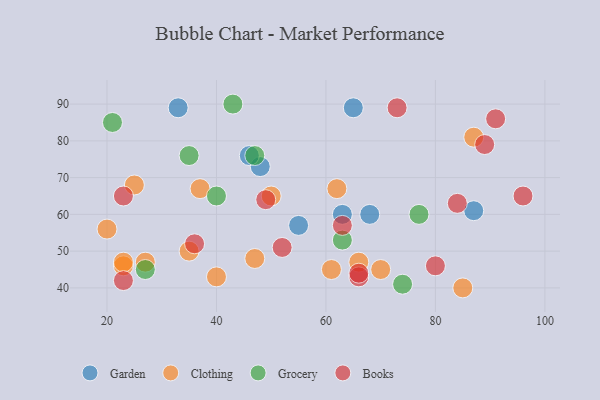
{"axis": {"x": "GDP", "y": "Life Expectancy"}, "legend": ["Books", "Clothing", "Garden", "Grocery"], "data": [{"x": "33", "y": 89, "type": "Garden"}, {"x": "68", "y": 60, "type": "Garden"}, {"x": "55", "y": 57, "type": "Garden"}, {"x": "48", "y": 73, "type": "Garden"}, {"x": "87", "y": 61, "type": "Garden"}, {"x": "46", "y": 76, "type": "Garden"}, {"x": "65", "y": 89, "type": "Garden"}, {"x": "63", "y": 60, "type": "Garden"}, {"x": "61", "y": 45, "type": "Clothing"}, {"x": "23", "y": 46, "type": "Clothing"}, {"x": "47", "y": 48, "type": "Clothing"}, {"x": "40", "y": 43, "type": "Clothing"}, {"x": "25", "y": 68, "type": "Clothing"}, {"x": "23", "y": 47, "type": "Clothing"}, {"x": "20", "y": 56, "type": "Clothing"}, {"x": "35", "y": 50, "type": "Clothing"}, {"x": "62", "y": 67, "type": "Clothing"}, {"x": "70", "y": 45, "type": "Clothing"}, {"x": "66", "y": 47, "type": "Clothing"}, {"x": "37", "y": 67, "type": "Clothing"}, {"x": "87", "y": 81, "type": "Clothing"}, {"x": "50", "y": 65, "type": "Clothing"}, {"x": "27", "y": 47, "type": "Clothing"}, {"x": "85", "y": 40, "type": "Clothing"}, {"x": "74", "y": 41, "type": "Grocery"}, {"x": "35", "y": 76, "type": "Grocery"}, {"x": "47", "y": 76, "type": "Grocery"}, {"x": "21", "y": 85, "type": "Grocery"}, {"x": "27", "y": 45, "type": "Grocery"}, {"x": "77", "y": 60, "type": "Grocery"}, {"x": "43", "y": 90, "type": "Grocery"}, {"x": "63", "y": 53, "type": "Grocery"}, {"x": "40", "y": 65, "type": "Grocery"}, {"x": "89", "y": 79, "type": "Books"}, {"x": "80", "y": 46, "type": "Books"}, {"x": "96", "y": 65, "type": "Books"}, {"x": "36", "y": 52, "type": "Books"}, {"x": "84", "y": 63, "type": "Books"}, {"x": "63", "y": 57, "type": "Books"}, {"x": "66", "y": 43, "type": "Books"}, {"x": "23", "y": 42, "type": "Books"}, {"x": "23", "y": 65, "type": "Books"}, {"x": "49", "y": 64, "type": "Books"}, {"x": "66", "y": 44, "type": "Books"}, {"x": "73", "y": 89, "type": "Books"}, {"x": "91", "y": 86, "type": "Books"}, {"x": "52", "y": 51, "type": "Books"}]}